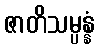
ဇာတိသမ္ပန္နံ